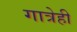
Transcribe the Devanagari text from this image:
गात्रेही